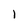
Character: 1